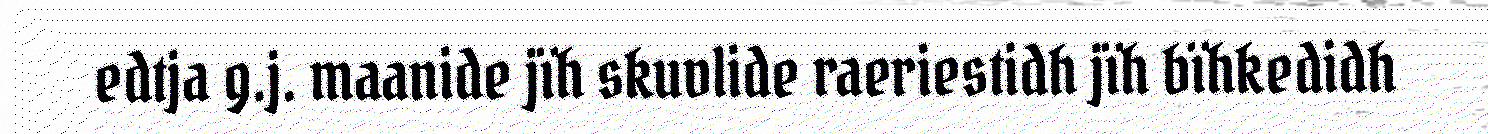
edtja g.j. maanide jïh skuvlide raeriestidh jïh bïhkedidh